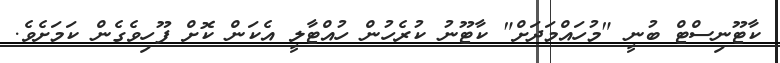
ކާޓޫނިސްޓް ބުނީ "މުހައްމަދަށް" ކާޓޫނު ކުރެހުން ހުއްޓާލީ އެކަން ކޮށް ފޫހިވެގެން ކަމަށެވެ.